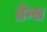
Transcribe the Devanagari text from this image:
ब्रेन्स